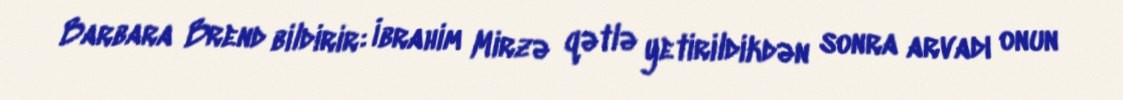
Barbara Brend bildirir: İbrahim Mirzə qətlə yetirildikdən sonra arvadı onun